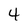
Character: 4